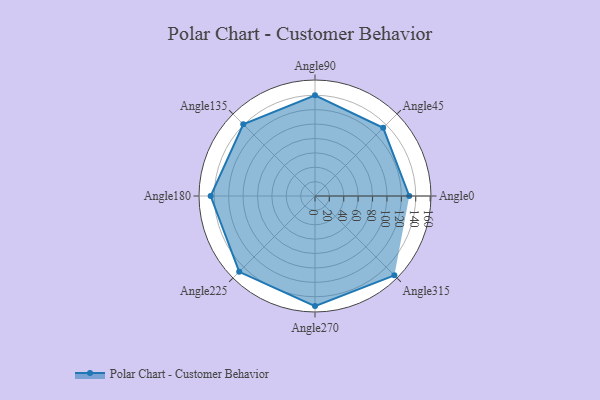
{"axis": {"x": "Angle", "y": "Radius"}, "legend": [""], "data": [{"x": "Angle0", "y": 131.0, "type": ""}, {"x": "Angle45", "y": 134.0, "type": ""}, {"x": "Angle90", "y": 140.0, "type": ""}, {"x": "Angle135", "y": 141.0, "type": ""}, {"x": "Angle180", "y": 145.0, "type": ""}, {"x": "Angle225", "y": 149.0, "type": ""}, {"x": "Angle270", "y": 153.0, "type": ""}, {"x": "Angle315", "y": 156.0, "type": ""}]}